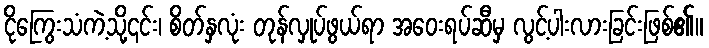
ငိုကြွေးသံကဲ့သို့၎င်း၊ စိတ်နှလုံး တုန်လှုပ်ဖွယ်ရာ အဝေးရပ်ဆီမှ လွင့်ပါးလားခြင်းဖြစ်၏။